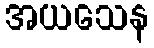
အယသေန